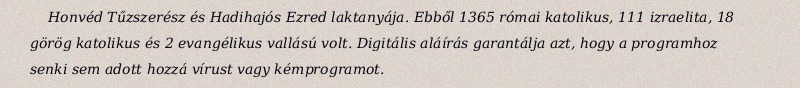
Honvéd Tűzszerész és Hadihajós Ezred laktanyája. Ebből 1365 római katolikus, 111 izraelita, 18 görög katolikus és 2 evangélikus vallású volt. Digitális aláírás garantálja azt, hogy a programhoz senki sem adott hozzá vírust vagy kémprogramot.